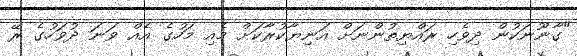
"ގާނޫނަކުން ދިވެހި ރައްޔިތުންނަށް އަނިޔާކުރާކަށް މެއި މަހުގެ އެއް ވަނަ ދުވަހުގެ ރޭ